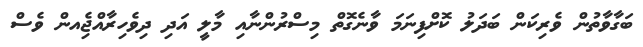
ބަގާވާތުން ވެރިކަން ބަދަލު ކޮށްފިނަމަ ވާނެގޮތް މިސްރުންނާއި މާލީ އަދި ދިވެހިރާއްޖެިއން ވެސް